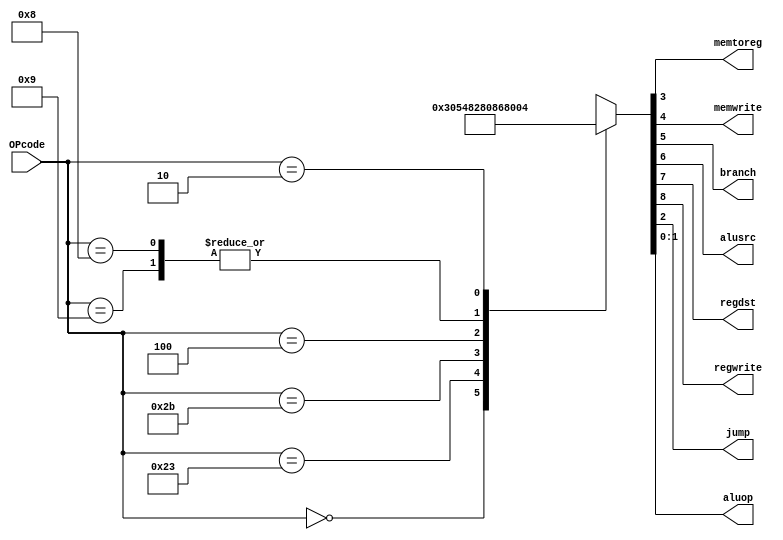
`timescale 1ns / 1ps

module ControlDecoder(
    input wire [5:0] OPcode,
    output wire memtoreg,
    output wire memwrite,
    output wire branch,
    output wire alusrc,
    output wire  regdst,
    output wire regwrite,
    output wire jump,
    output wire [1:0] aluop
    );
    
reg [8:0] controls;
assign {regwrite,regdst,alusrc,branch,memwrite,memtoreg,jump,aluop} = controls;
 
always@(*)
    begin
        case(OPcode)
            6'b000000: controls <= 9'b110000010; //RType
            6'b100011: controls <= 9'b101001000; //LW
            6'b001001: controls <= 9'b101000000; //li 
            6'b101011: controls <= 9'b001010000; //SW
            6'b000100: controls <= 9'b000100001; //BEQ
            6'b001000: controls <= 9'b101000000; //ADDI
            6'b000010: controls <= 9'b000000100; //J
            default:   controls <= 9'bxxxxxxxxx; //illegal op
        endcase
    end
endmodule